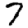
Digit: 7